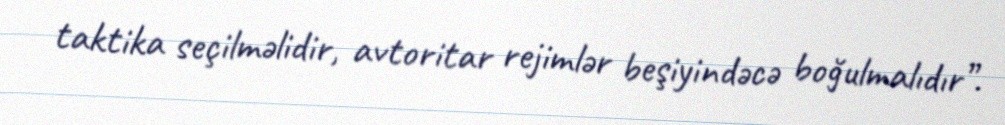
taktika seçilməlidir, avtoritar rejimlər beşiyindəcə boğulmalıdır”.